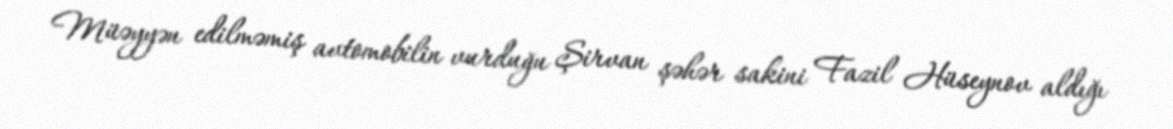
Müəyyən edilməmiş avtomobilin vurduğu Şirvan şəhər sakini Fazil Hüseynov aldığı